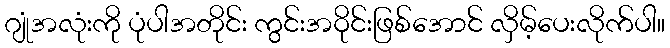
ဂျုံအလုံးကို ပုံပါအတိုင်း ကွင်းအဝိုင်းဖြစ်အောင် လှိမ့်ပေးလိုက်ပါ။